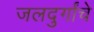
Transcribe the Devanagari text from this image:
जलदुर्गांचे